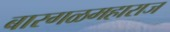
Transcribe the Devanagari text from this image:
बारगळमहाराज